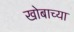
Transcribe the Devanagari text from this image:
खोबाच्या